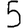
Digit: 5